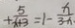
+ \frac { 5 } { x + 3 } = 1 - \frac { x } { 3 - x }